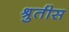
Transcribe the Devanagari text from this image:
श्रुतीस